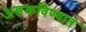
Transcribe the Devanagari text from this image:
अडकविण्यात